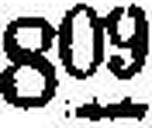
822